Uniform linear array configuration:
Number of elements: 12
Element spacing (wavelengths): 0.5
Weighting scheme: hamming
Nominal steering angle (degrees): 60
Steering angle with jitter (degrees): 58.889
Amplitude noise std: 0.05
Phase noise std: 0.05

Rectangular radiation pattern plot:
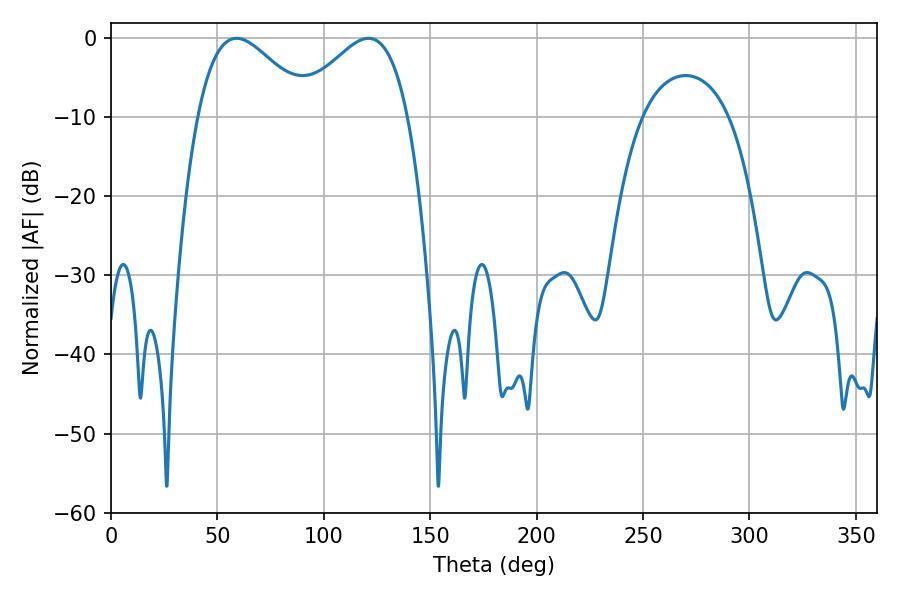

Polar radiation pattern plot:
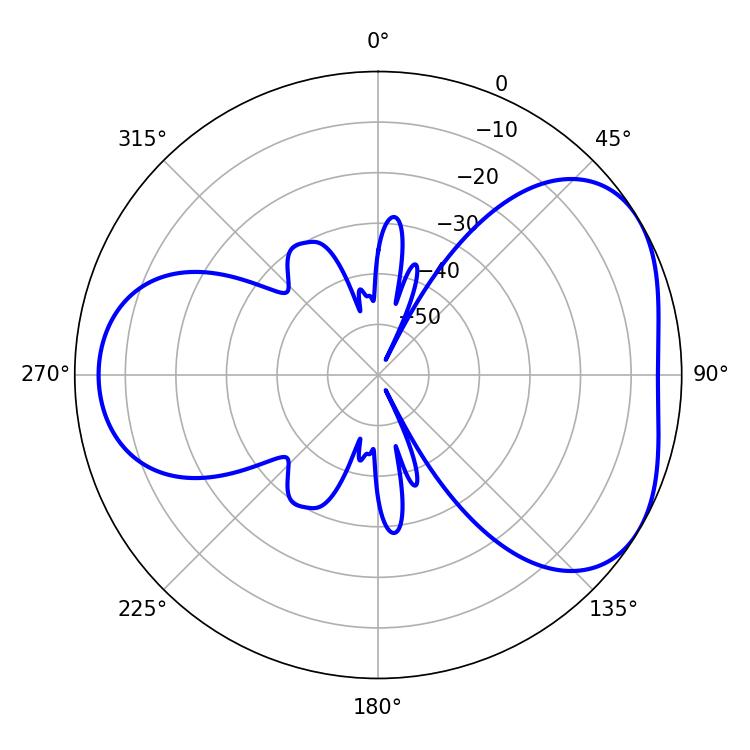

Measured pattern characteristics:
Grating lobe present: FALSE
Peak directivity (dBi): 4.322
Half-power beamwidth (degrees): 28.26
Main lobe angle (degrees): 59.04